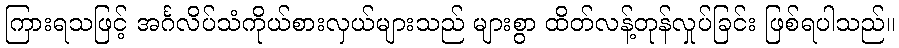
ကြားရသဖြင့် အင်္ဂလိပ်သံကိုယ်စားလှယ်များသည် များစွာ ထိတ်လန့်တုန်လှုပ်ခြင်း ဖြစ်ရပါသည်။